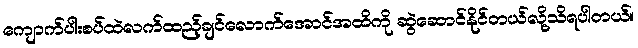
ကျောက်ပါးစပ်ထဲလက်ထည့်ချင်လောက်အောင်အထိကို ဆွဲဆောင်နိုင်တယ်လို့သိရပါတယ်။